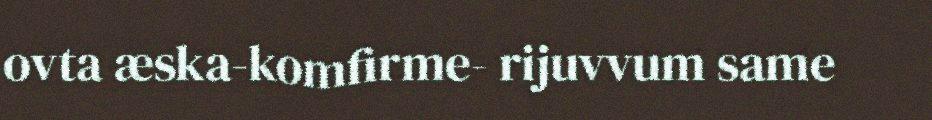
ovta æska-komfirme- rijuvvum same